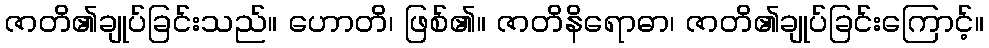
ဇာတိ၏ချုပ်ခြင်းသည်။ ဟောတိ၊ ဖြစ်၏။ ဇာတိနိရောဓာ၊ ဇာတိ၏ချုပ်ခြင်းကြောင့်။